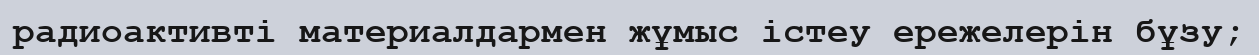
радиоактивті материалдармен жұмыс істеу ережелерін бұзу;